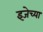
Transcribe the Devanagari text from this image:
इजेच्या